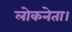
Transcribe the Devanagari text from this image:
लोकनेता।